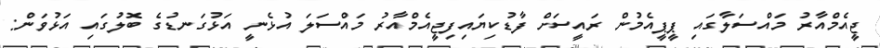
ޖީއެމްއާރު މައްސަލާގައި ޕީޕީއެމުން ރައީސަށް ފާޑުކިޔައިފިޖީއެމްއާރު މައްސަލަ އުޅެނީ އަޅުގަނޑުގެ ބޮލުގައި އަޅުވަން: